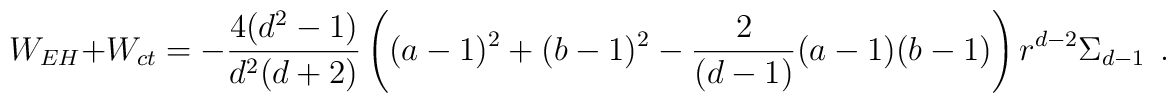
W_{EH}+W_{ct}=-{4(d^2-1)\over d^2(d+2)}\left((a-1)^2+(b-1)^2-{2\over (d-1)}(a-1)(b-1)\right)r^{d-2}\Sigma_{d-1}~~.